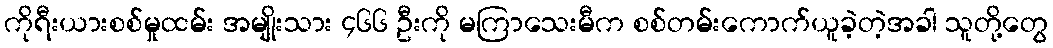
ကိုရီးယားစစ်မှုထမ်း အမျိုးသား ၄၆၆ ဦးကို မကြာသေးမီက စစ်တမ်းကောက်ယူခဲ့တဲ့အခါ သူတို့တွေ